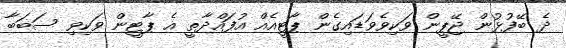
ދެ ބޭފުޅުން ޖޭޕީން ވަކިވެވަޑައިގެން ޕާޓީއެއް އުފައްދާތީ އެ ޕާޓީން ވަކިވި ސަބަބާ